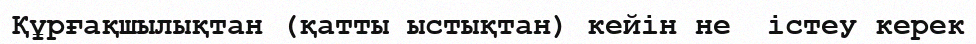
Құрғақшылықтан (қатты ыстықтан) кейін не  істеу керек